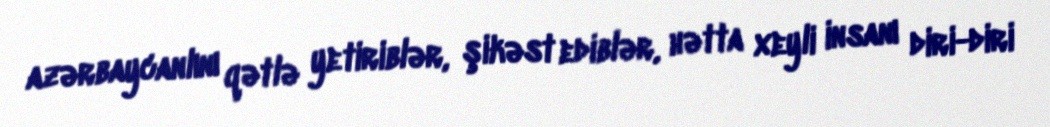
azərbaycanlını qətlə yetiriblər, şikəst ediblər, hətta xeyli insanı diri-diri